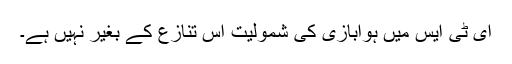
ای ٹی ایس میں ہوابازی کی شمولیت اس تنازع کے بغیر نہیں ہے۔